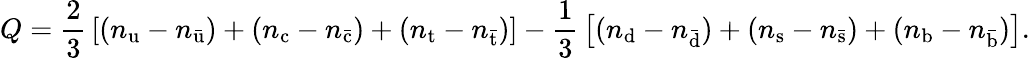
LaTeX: Q={\frac{2}{3}}\left[(n_{\mathrm{u}}-n_{\mathrm{\bar{u}}})+(n_{\mathrm{c}}-n_{\mathrm{\bar{c}}})+(n_{\mathrm{t}}-n_{\mathrm{\bar{t}}})\right]-{\frac{1}{3}}\left[(n_{\mathrm{d}}-n_{\mathrm{\bar{d}}})+(n_{\mathrm{s}}-n_{\mathrm{\bar{s}}})+(n_{\mathrm{b}}-n_{\mathrm{\bar{b}}})\right].